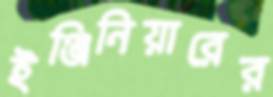
ইঞ্জিনিয়ারের